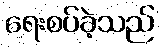
ရေးစပ်ခဲ့သည်